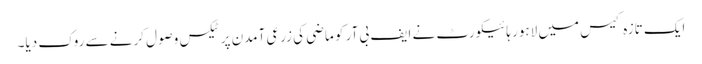
ایک تازہ کیس میں لاہور ہائیکورٹ نے ایف بی آر کو ماضی کی زرعی آمدن پر ٹیکس وصول کرنے سے روک دیا۔